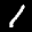
Label: 1